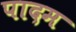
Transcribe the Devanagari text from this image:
पादम